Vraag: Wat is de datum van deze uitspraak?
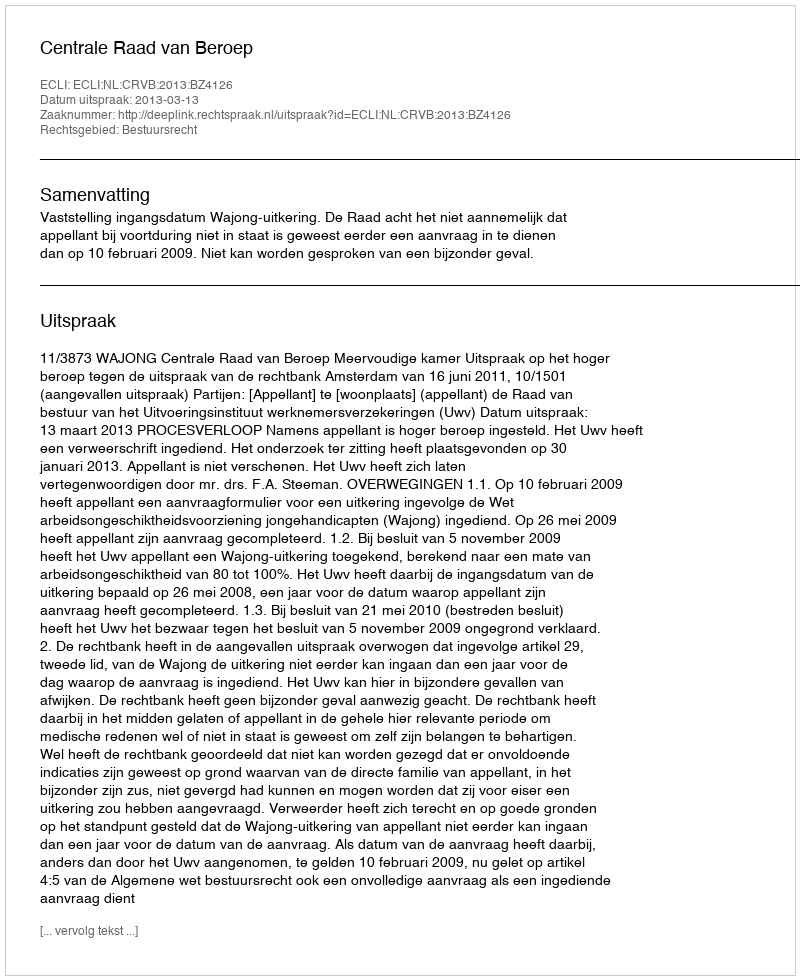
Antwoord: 2013-03-13